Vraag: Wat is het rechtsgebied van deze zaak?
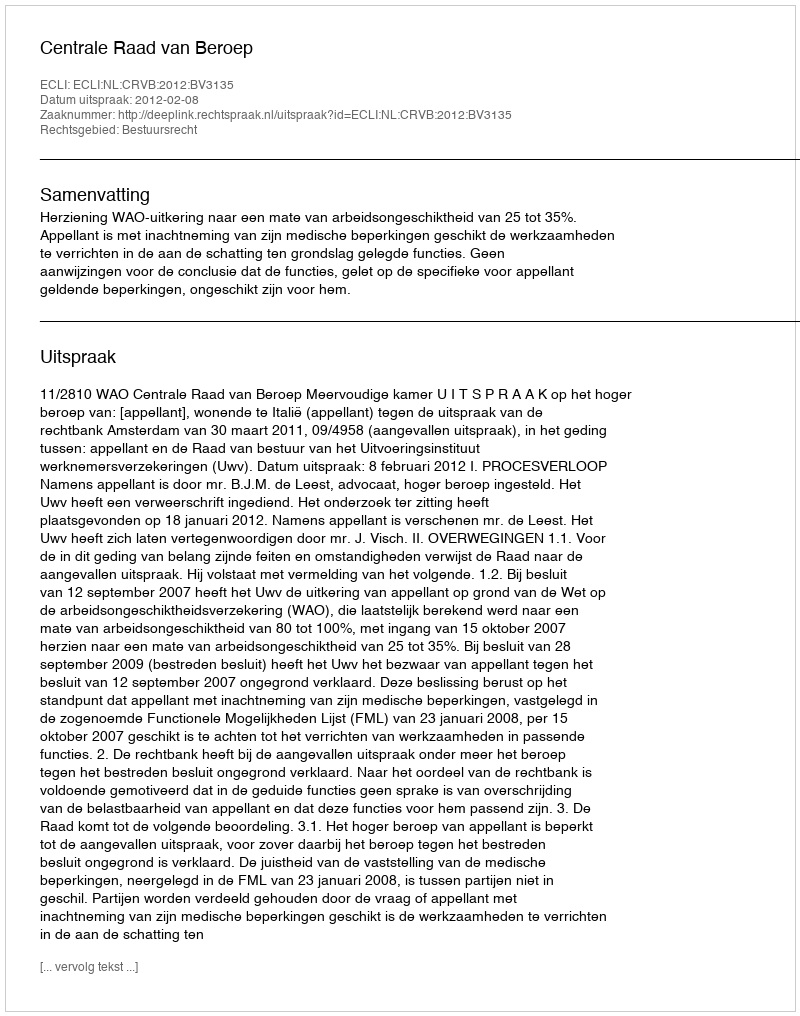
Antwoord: Bestuursrecht